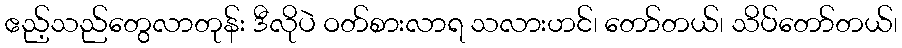
ဧည့်သည်တွေလာတုန်း ဒီလိုပဲ ဝတ်စားလာရ သလားဟင်၊ တော်တယ်၊ သိပ်တော်တယ်၊